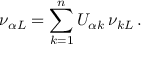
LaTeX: \nu _ { { \alpha } L } = \sum _ { k = 1 } ^ { n } U _ { { \alpha } k } \, \nu _ { k L } \, .